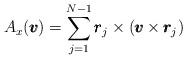
LaTeX: \begin{align*} A_{x}(\pmb{v})=\sum_{j=1}^{N-1}\pmb{r}_{j}\times(\pmb{v}\times \pmb{r}_{j}) \end{align*}